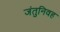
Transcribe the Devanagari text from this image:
जंतुनिवह